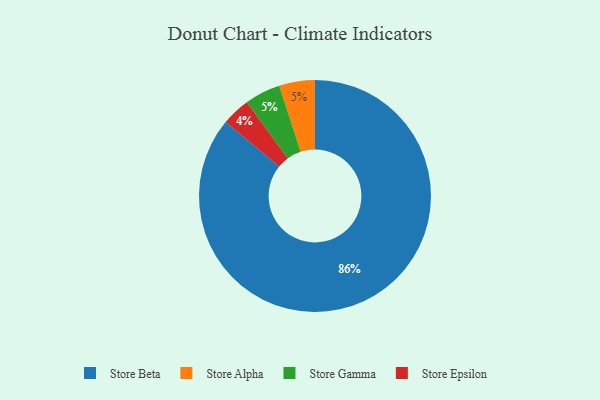
{"axis": {"x": "Category", "y": "Percentage"}, "legend": ["Store Alpha", "Store Beta", "Store Epsilon", "Store Gamma"], "data": [{"x": "Store Epsilon", "y": 4, "type": "Store Epsilon"}, {"x": "Store Alpha", "y": 5, "type": "Store Alpha"}, {"x": "Store Beta", "y": 86, "type": "Store Beta"}, {"x": "Store Gamma", "y": 5, "type": "Store Gamma"}]}